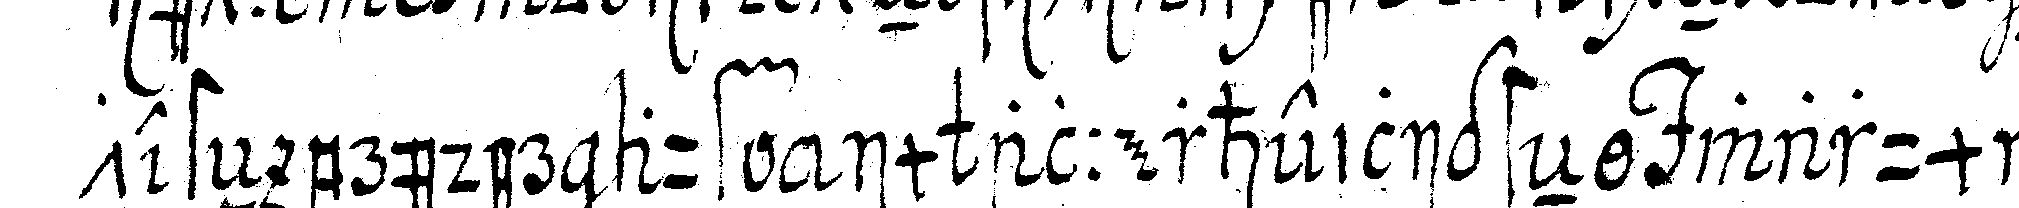
testeN brüder auf im allerheiligsteN warum